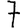
Digit: 7